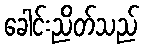
ခေါင်းညိတ်သည်